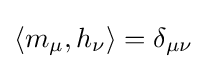
\langle m_{\mu },h_{\nu }\rangle =\delta _{\mu \nu }